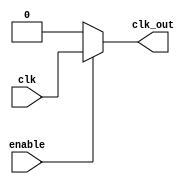
module clock_gating (
    input wire clk,          // Primary clock signal
    input wire enable,       // Enable signal for clock gating
    output reg clk_out       // Gated clock output
);

// Gated clock generation
always @(*) begin
    if (enable) begin
        clk_out = clk;      // Propagate the clock when enable is high
    end else begin
        clk_out = 1'b0;     // Hold the clock low when enable is low
    end
end

endmodule